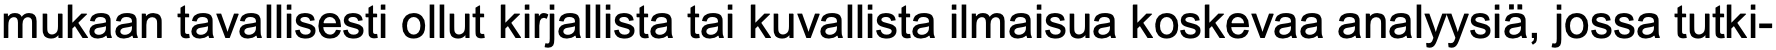
mukaan tavallisesti ollut kirjallista tai kuvallista ilmaisua koskevaa analyysiä, jossa tutki-